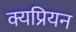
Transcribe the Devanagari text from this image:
क्यप्रियन